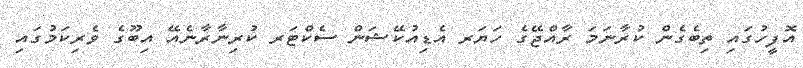
އޮފީހުގައި ތިބެގެން ކުރާނަމަ ރާއްޖޭގެ ހަޔަރ އެޑިއުކޭޝަން ސެކްޓަރ ކުރިނާރާނެއޭ އިބޫގެ ވެރިކަމުގައި